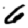
Digit: 6